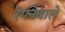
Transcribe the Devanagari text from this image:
रेगनेवाले